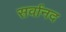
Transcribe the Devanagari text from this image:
सर्वानद